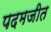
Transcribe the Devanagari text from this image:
पदमजीत